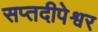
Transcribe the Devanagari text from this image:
सप्तदीपेश्वर